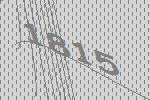
1815